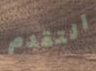
التقدم